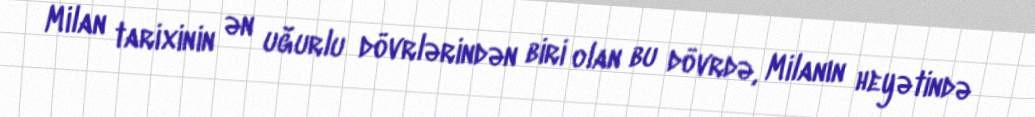
Milan tarixinin ən uğurlu dövrlərindən biri olan bu dövrdə, Milanın heyətində